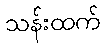
သန်းထက်